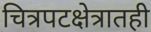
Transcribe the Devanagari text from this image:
चित्रपटक्षेत्रातही